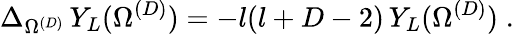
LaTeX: \Delta_{\Omega^{({D})}}\, Y_{L}(\Omega^{({D})})=-l(l+D-2)\, Y_{L}(\Omega^{({D})})\; .